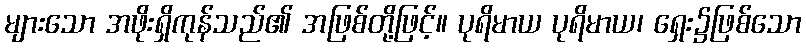
များသော အဖိုးရှိကုန်သည်၏ အဖြစ်တို့ဖြင့်။ ပုရိမာယ ပုရိမာယ၊ ရှေး၌ဖြစ်သော